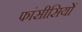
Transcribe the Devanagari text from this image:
फांसीसियों